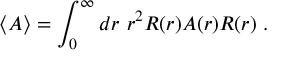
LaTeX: \langle A \rangle = \int _ { 0 } ^ { \infty } d r \ r ^ { 2 } R ( r ) A ( r ) R ( r ) \ .